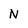
Character: N